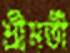
শ্রীমতী